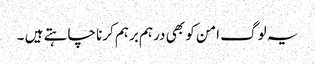
یہ لوگ امن کو بھی درہم برہم کرنا چاہتے ہیں ۔